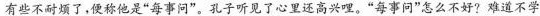
有些不耐烦了，便称他是”每事问”。孔子听见了心里还高兴哩。”每事问”怎么不好?难道不学